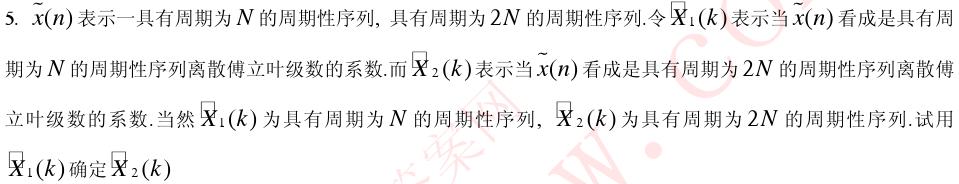
5. $\tilde{x}(n)$表示一具有周期为$N$的周期性序列，具有周期为$2N$的周期性序列. 令$\tilde{X}_{1}(k)$表示当$\tilde{x}(n)$看成是具有周期为$N$的周期性序列离散傅立叶级数的系数. 而$\tilde{X}_{2}(k)$表示当$\tilde{x}(n)$看成是具有周期为$2N$的周期性序列离散傅立叶级数的系数. 当然$\tilde{X}_{1}(k)$为具有周期为$N$的周期性序列, $\tilde{X}_{2}(k)$为具有周期为$2N$的周期性序列. 试用$\tilde{X}_{1}(k)$确定$\tilde{X}_{2}(k)$